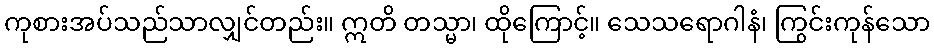
ကုစားအပ်သည်သာလျှင်တည်း။ ဣတိ တသ္မာ၊ ထိုကြောင့်။ သေသရောဂါနံ၊ ကြွင်းကုန်သော